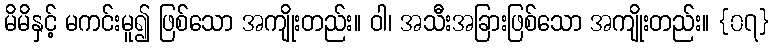
မိမိနှင့် မကင်းမူ၍ ဖြစ်သော အကျိုးတည်း။ ဝါ၊ အသီးအခြားဖြစ်သော အကျိုးတည်း။ {၀၇}